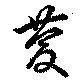
慶